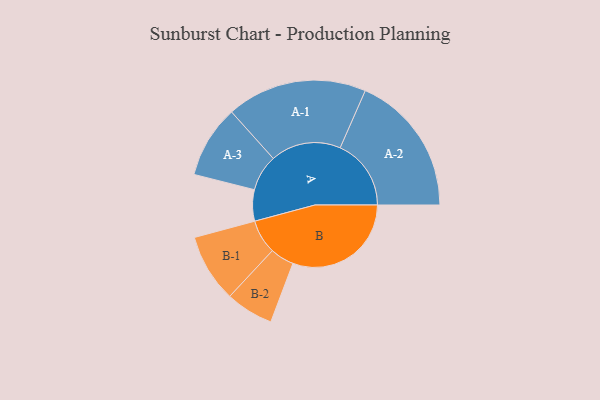
{"axis": {"x": "Segment", "y": "Value"}, "legend": ["", "A", "B"], "data": [{"x": "A", "y": 131, "type": ""}, {"x": "B", "y": 496, "type": ""}, {"x": "A-1", "y": 294, "type": "A"}, {"x": "A-2", "y": 297, "type": "A"}, {"x": "A-3", "y": 152, "type": "A"}, {"x": "B-1", "y": 143, "type": "B"}, {"x": "B-2", "y": 100, "type": "B"}]}